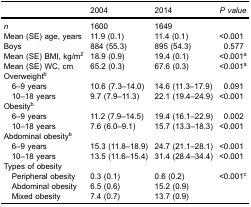
|  | 2004 | 2014 | P value |
 | --- | --- | --- | --- |
 | n | 1600 | 1649 |  |
 | Mean (SE) age, years | 11.9 (0.1) | 11.4 (0.1) | <0.001 |
 | Boys | 884 (55.3) | 895 (54.3) | 0.577 |
 | Mean (SE) BMI, kg/m2 | 18.9 (0.9) | 19.4 (0.1) | <0.001a |
 | Mean (SE) WC, cm | 65.2 (0.3) | 67.6 (0.3) | <0.001a |
 | Overweightb |  |  |  |
 | 6–9 years | 10.6 (7.3–14.0) | 14.6 (11.3–17.9) | 0.091 |
 | 10–18 years | 9.7 (7.9–11.3) | 22.1 (19.4–24.9) | <0.001 |
 | Obesityb |  |  |  |
 | 6–9 years | 11.2 (7.9–14.5) | 19.4 (16.1–22.9) | 0.002 |
 | 10–18 years | 7.6 (6.0–9.1) | 15.7 (13.3–18.3) | <0.001 |
 | Abdominal obesityb |  |  |  |
 | 6–9 years | 15.3 (11.8–18.9) | 24.7 (21.1–28.1) | <0.001 |
 | 10–18 years | 13.5 (11.6–15.4) | 31.4 (28.4–34.4) | <0.001 |
 | Types of obesity |  |  |  |
 | Peripheral obesity | 0.3 (0.1) | 0.6 (0.2) | <0.001c |
 | Abdominal obesity | 6.5 (0.6) | 15.2 (0.9) |  |
 | Mixed obesity | 7.4 (0.7) | 13.7 (0.9) |  |